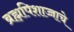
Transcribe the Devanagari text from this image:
ब्रह्मपिशाच्चाचे